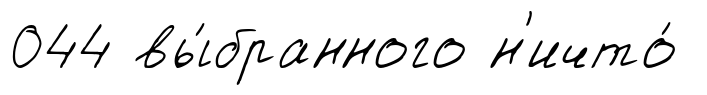
044 вы́бранного н'ичто́